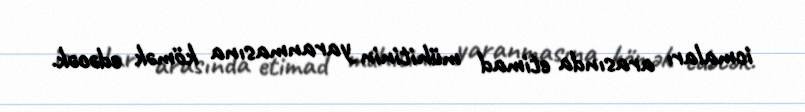
icmaları arasında etimad mühitinin yaranmasına kömək edəcək.